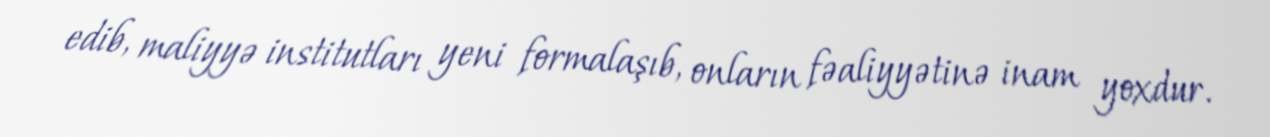
edib, maliyyə institutları yeni formalaşıb, onların fəaliyyətinə inam yoxdur.